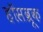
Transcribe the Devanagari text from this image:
हॉसब्रूक